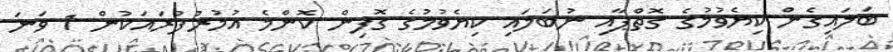
ބަލައިގެން ކިޔެވުމުގެ ގޮތްޕާއި ނުބަލައި ކިޔެވުމުގެ ގޮފިން ކޮންމެ އުމުރުފުރައަކުން 1 ވަނަ